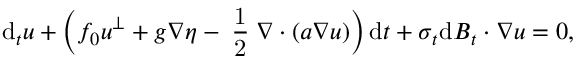
\mathrm { d } _ { t } \boldsymbol { u } + \Big ( f _ { 0 } \boldsymbol { u } ^ { \perp } + g \boldsymbol { \nabla } \eta - \mathrm { \scriptsize ~ \frac { 1 } { 2 } ~ } \boldsymbol { \nabla } \boldsymbol { \cdot } ( \boldsymbol { a } \boldsymbol { \nabla } \boldsymbol { u } ) \Big ) \, \mathrm { d } t + \boldsymbol { \sigma } _ { t } \mathrm { d } \boldsymbol { B } _ { t } \boldsymbol { \cdot } \boldsymbol { \nabla } \boldsymbol { u } = 0 ,